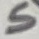
Text: S